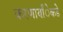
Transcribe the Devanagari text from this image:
करणार्यांेकडेे